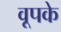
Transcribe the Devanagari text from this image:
वूपके